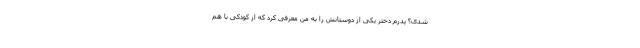
شدی؟ پدرم دختر یکی از دوستانش را به من معرفی کرد که از کودکی با هم